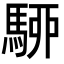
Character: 駵